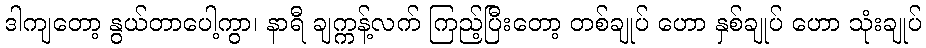
ဒါကျတော့ နွယ်တာပေါ့ကွာ၊ နာရီ ချက္ကန့်လက် ကြည့်ပြီးတော့ တစ်ချုပ် ဟော နှစ်ချုပ် ဟော သုံးချုပ်